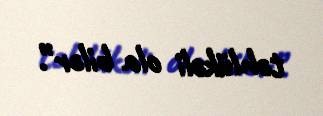
təhlükəli ola bilər”.